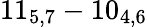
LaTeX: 11_{5,7}-10_{4,6}